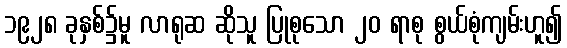
၁၉၂၈ ခုနှစ်၌မူ လာရုဆ ဆိုသူ ပြုစုသော ၂၀ ရာစု စွယ်စုံကျမ်းဟူ၍